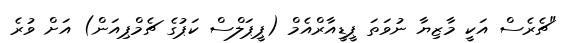
"ޗެރެސް އަކީ މާޒިޔާ ނުވަތަ ޕީޑީއާރްއެމް (ޕީޕަލްސް ކަޕުގެ ޗެމްޕިއަން) އަށް ވުރެ